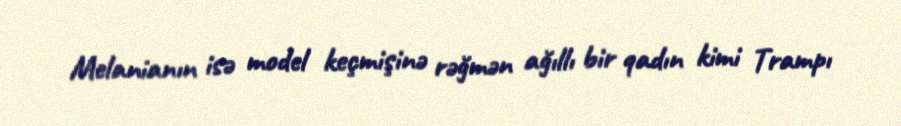
Melanianın isə model keçmişinə rəğmən ağıllı bir qadın kimi Trampı